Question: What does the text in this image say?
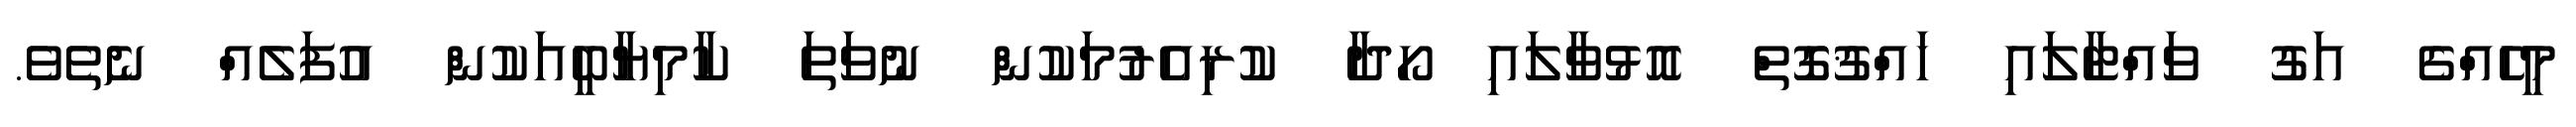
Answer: މީހެއްގެ އަގު ވައްޓާލައި ހައްޤުގޮތް އޮޅުވާލައި ހޯދާ ކުރިއެރުމަކުން ނުވަތަ ކާމިޔާބީއަކުން އުފަލެއް ނެތެވެ.